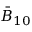
\bar { B } _ { 1 0 }